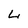
Character: L